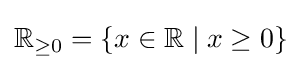
\mathbb {R} _{\geq 0}=\left\{x\in \mathbb {R} \mid x\geq 0\right\}